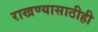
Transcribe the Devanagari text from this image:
राखण्यासाठीही